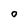
Character: o